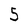
Character: 5